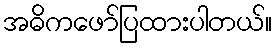
အဓိကဖော်ပြထားပါတယ်။